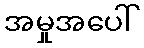
အမှုအပေါ်